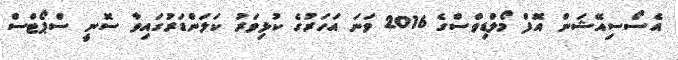
އެސޯސިއޭޝަން އޮފް މޯލްޑިވްސްގެ 2016 ވަނަ އަހަރުގެ ކުޅިވަރު ކަލަންޑަރުގައިވާ ސޮނީ ސްޕޯޓްސް